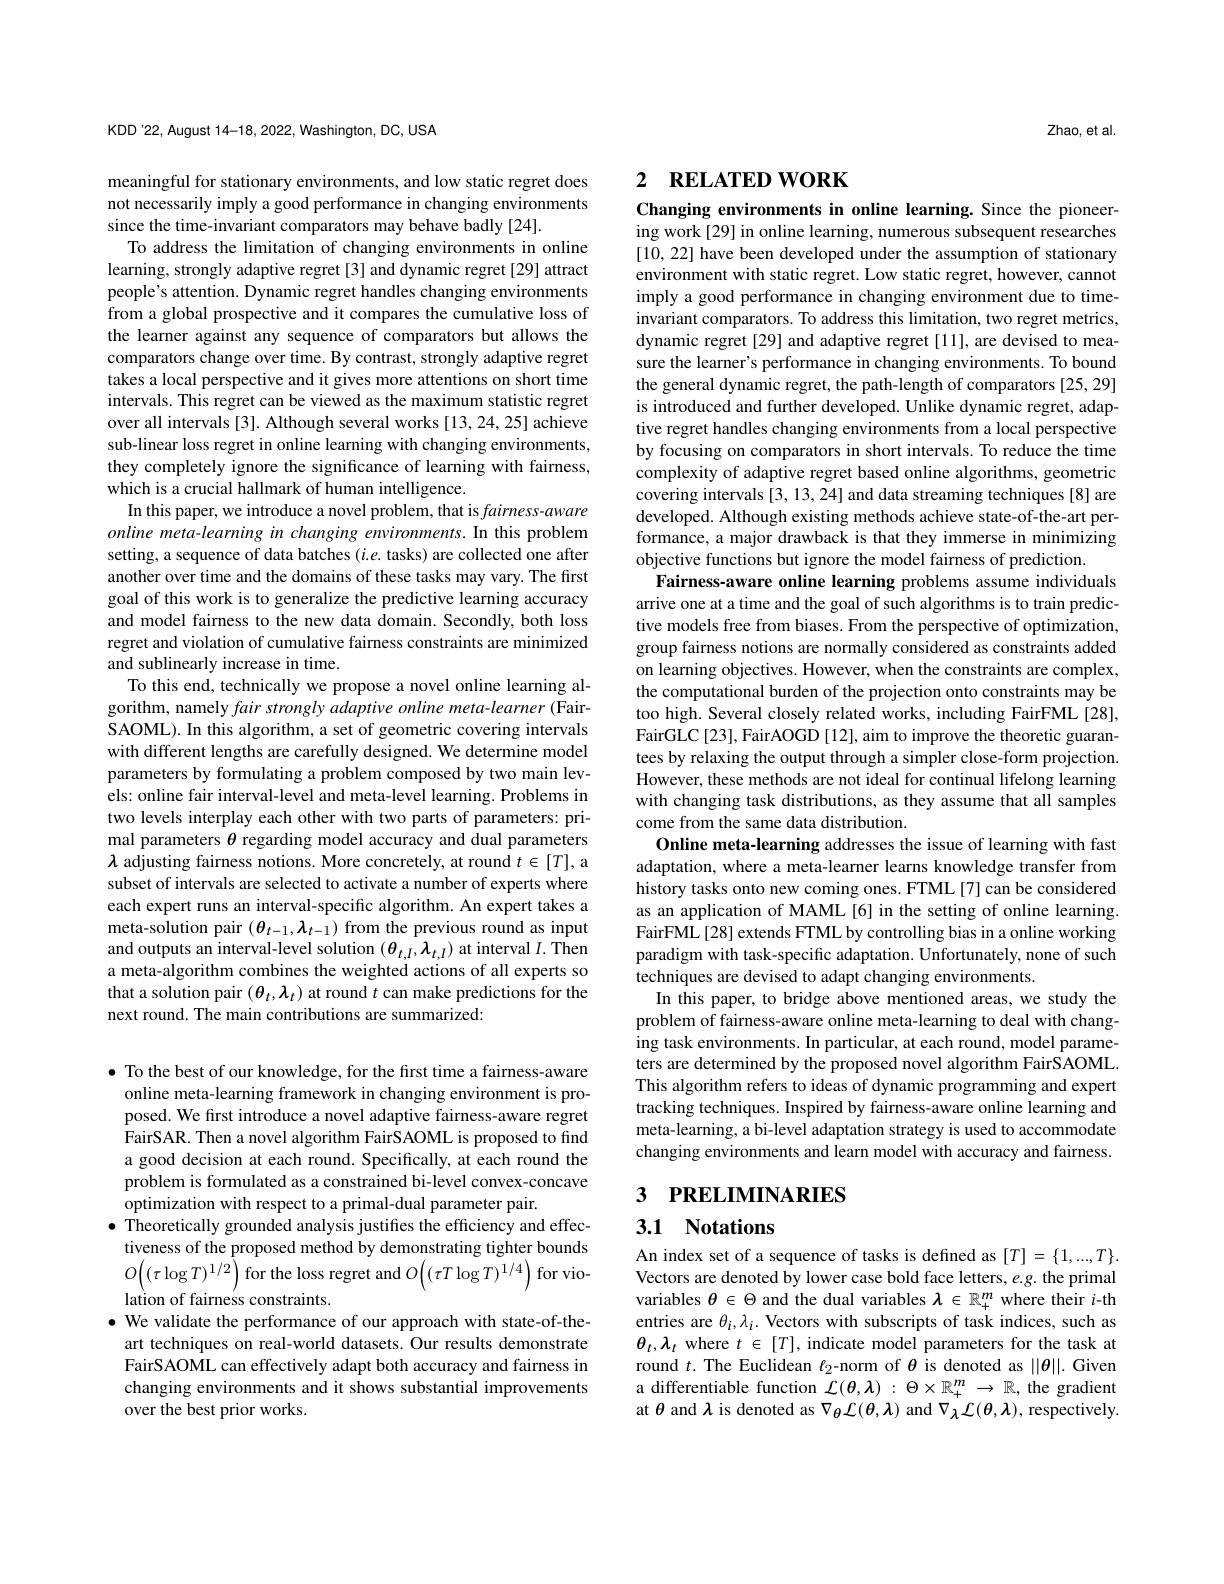
KDD'22, August 14-18, 2022, Washington, DC, USA

meaningful for stationary environments, and low static regret does not necessarily imply a good performance in changing environments since the time-invariant comparators may behave badly [24].
To address the limitation of changing environments in online learning, strongly adaptive regret [3] and dynamic regret [29] attract people's attention. Dynamic regret handles changing environments from a global prospective and it compares the cumulative loss of the learner against any sequence of comparators but allows the comparators change over time. By contrast, strongly adaptive regret takes a local perspective and it gives more attentions on short time intervals. This regret can be viewed as the maximum statistic regret over all intervals [3]. Although several works [13,24,25] achieve sub-linear loss regret in online learning with changing environments, they completely ignore the significance of learning with fairness, which is a crucial hallmark of human intelligence.
In this paper, we introduce a novel problem, that is fairness-aware online meta-learning in changing environments. In this problem setting, a sequence of data batches (i.e. tasks) are collected one after another over time and the domains of these tasks may vary. The first goal of this work is to generalize the predictive learning accuracy and model fairness to the new data domain. Secondly, both loss regret and violation of cumulative fairness constraints are minimized and sublinearly increase in time.
To this end, technically we propose a novel online learning algorithm, namely fair strongly adaptive online meta-learner (FairSAOML). In this algorithm, a set of geometric covering intervals with different lengths are carefully designed. We determine model parameters by formulating a problem composed by two main levels: online fair interval-level and meta-level learning. Problems in two levels interplay each other with two parts of parameters: primal parameters $\theta$ regarding model accuracy and dual parameters $\lambda$ adjusting fairness notions. More concretely, at round $t\in[T]$,a subset of intervals are selected to activate a number of experts where each expert runs an interval-specific algorithm. An expert takes a meta-solution pair $(\theta_{t-1},\lambda_{t-1})$ from the previous round as input and outputs an interval-level solution $(\theta_{t,I},\lambda_{t,I})$ at interval $I.$ Then a meta-algorithm combines the weighted actions of all experts so that a solution pair $(\theta_t,\lambda_t)$ at round $t$ can make predictions for the next round. The main contributions are summarized:

$\bullet$ To the best of our knowledge, for the first time a fairness-aware online meta-learning framework in changing environment is proposed. We first introduce a novel adaptive fairness-aware regret FairSAR. Then a novel algorithm FairSAOML is proposed to find a good decision at each round. Specifically, at each round the problem is formulated as a constrained bi-level convex-concave optimization with respect to a primal-dual parameter pair.
$\bullet$ Theoretically grounded analysis justifies the efficiency and effectiveness of the proposed method by demonstrating tighter bounds $O\left((\tau\log T)^{1/2}\right)$for the loss regret and $O\left((\tau T\log T)^{1/4}\right)$for violation of fairness constraints.
$\bullet$ We validate the performance of our approach with state-of-theart techniques on real-world datasets. Our results demonstrate FairSAOML can effectively adapt both accuracy and fairness in changing environments and it shows substantial improvements over the best prior works.

Zhao, et al.

# 2 RELATED WORK

Changing environments in online learning. Since the pioneering work [29] in online learning, numerous subsequent researches [10,22] have been developed under the assumption of stationary environment with static regret. Low static regret, however, cannot imply a good performance in changing environment due to timeinvariant comparators. To address this limitation, two regret metrics, dynamic regret [29] and adaptive regret [11], are devised to measure the learner's performance in changing environments. To bound the general dynamic regret, the path-length of comparators [25,29] is introduced and further developed. Unlike dynamic regret, adaptive regret handles changing environments from a local perspective by focusing on comparators in short intervals. To reduce the time complexity of adaptive regret based online algorithms, geometric covering intervals [3, 13, 24] and data streaming techniques [8] are developed. Although existing methods achieve state-of-the-art performance, a major drawback is that they immerse in minimizing objective functions but ignore the model fairness of prediction.
Fairness-aware online learning problems assume individuals arrive one at a time and the goal of such algorithms is to train predictive models free from biases. From the perspective of optimization, group fairness notions are normally considered as constraints added on learning objectives. However, when the constraints are complex, the computational burden of the projection onto constraints may be too high. Several closely related works, including FairFML [28], FairGLC[23], FairAOGD [12], aim to improve the theoretic guarantees by relaxing the output through a simpler close-form projection. However, these methods are not ideal for continual lifelong learning with changing task distributions, as they assume that all samples come from the same data distribution.
Online meta-learning addresses the issue of learning with fast adaptation, where a meta-learner learns knowledge transfer from history tasks onto new coming ones. FTML[7] can be considered as an application of MAML [6] in the setting of online learning. ${\mathrm{FairFML[28]extends~FTML~by~controlling~bias~in~a~online~working}}$ paradigm with task-specific adaptation. Unfortunately, none of such techniques are devised to adapt changing environments.
In this paper, to bridge above mentioned areas, we study the problem of fairness-aware online meta-learning to deal with changing task environments. In particular, at each round, model parameters are determined by the proposed novel algorithm FairSAOML. This algorithm refers to ideas of dynamic programming and expert tracking techniques. Inspired by fairness-aware online learning and meta-learning, a bi-level adaptation strategy is used to accommodate changing environments and learn model with accuracy and fairness. 3 PRELIMINARIES

## 3.1 Notations

An index set of a sequence of tasks is defined as $[T]=\{1,...,T\}.$ Vectors are denoted by lower case bold face letters, e.g. the primal variables $\theta\in\Theta$ and the dual variables $\lambda\in\mathbb{R}_+^m$ where their $i$-th entries are $\theta_i,\lambda_i.$ Vectors with subscripts of task indices, such as $\theta_t,\lambda_t$ where $t\in[T]$, indicate model parameters for the task at round $t.$ The Euclidean $\ell_2$-norm of $\theta$ is denoted as $\|\theta\|.$ Given a differentiable function $\mathcal{L}(\theta,\lambda):\Theta\times\mathbb{R}_+^m\to\mathbb{R}$, the gradient at $\theta$ and $\lambda$ is denoted as $\nabla_{\theta}\mathcal{L}(\theta,\boldsymbol{\lambda})$ and $\nabla_{\boldsymbol{\lambda}}\mathcal{L}(\boldsymbol{\theta},\boldsymbol{\lambda})$, respectively.